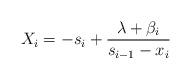
LaTeX: \begin{align*}X_i=-s_i+\frac{\lambda +\beta_i}{s_{i-1}-x_i}\\\end{align*}